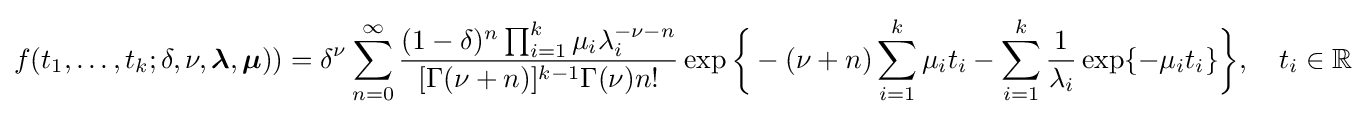
f(t_{1},\dots ,t_{k};\delta ,\nu ,{\boldsymbol {\lambda }},{\boldsymbol {\mu }}))=\delta ^{\nu }\sum _{n=0}^{\infty }{\frac {(1-\delta )^{n}\prod _{i=1}^{k}\mu _{i}\lambda _{i}^{-\nu -n}}{[\Gamma (\nu +n)]^{k-1}\Gamma (\nu )n!}}\exp {\bigg \{}-(\nu +n)\sum _{i=1}^{k}\mu _{i}t_{i}-\sum _{i=1}^{k}{\frac {1}{\lambda _{i}}}\exp\{-\mu _{i}t_{i}\}{\bigg \}},\quad t_{i}\in \mathbb {R}